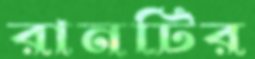
রানটির